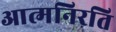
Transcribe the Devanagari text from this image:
आत्मनिरति